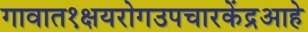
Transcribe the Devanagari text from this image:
गावात१क्षयरोगउपचारकेंद्रआहे